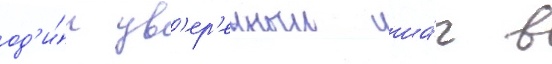
од'и́н ув'ер'енныи ша́г в